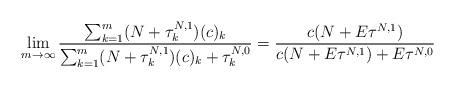
LaTeX: \begin{align*}\lim_{m\to\infty}\frac{\sum_{k=1}^m (N+\tau^{N,1}_k)(c)_k}{\sum_{k=1}^m(N+\tau^{N,1}_k)(c)_k+\tau^{N,0}_k}=\frac{c(N+E\tau^{N,1})}{c(N+E\tau^{N,1})+E\tau^{N,0}}\ \ \end{align*}